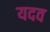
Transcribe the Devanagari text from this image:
यदव